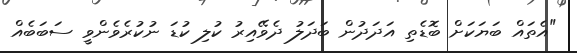
"އެތައް ބަޔަކަށް ބޮޑެތި އަދަދުން ބަދަލު ދެވޭއިރު ކުލި ކުޑަ ނުކުރެވެންވީ ސަބަބެއް